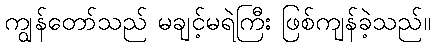
ကျွန်တော်သည် မချင့်မရဲကြီး ဖြစ်ကျန်ခဲ့သည်။